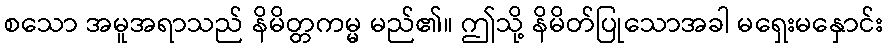
စသော အမူအရာသည် နိမိတ္တကမ္မ မည်၏။ ဤသို့ နိမိတ်ပြုသောအခါ မရှေးမနှောင်း